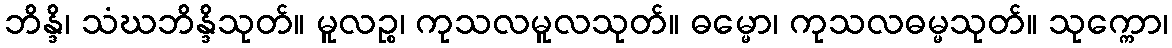
ဘိန္ဒိ၊ သံဃဘိန္ဒိသုတ်။ မူလဉ္စ၊ ကုသလမူလသုတ်။ ဓမ္မော၊ ကုသလဓမ္မသုတ်။ သုက္ကော၊